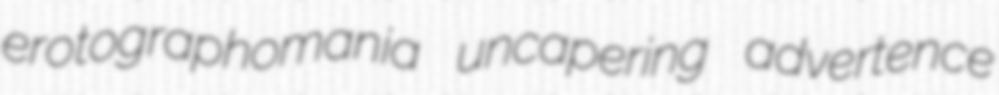
erotographomania uncapering advertence